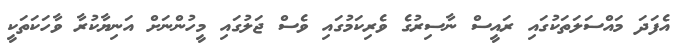
އެފަދަ މައްސަލަތަކުގައި ރައީސް ނާސިރުގެ ވެރިކަމުގައި ވެސް ޖަލުގައި މީހުންނަށް އަނިޔާކުރާ ވާހަކަތަކީ